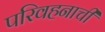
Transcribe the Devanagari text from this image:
परिवहनाची